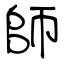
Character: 師